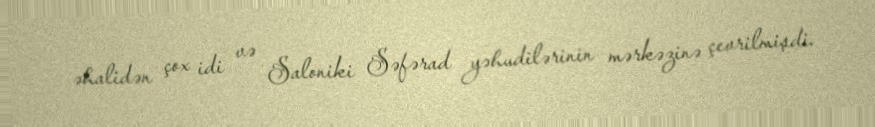
əhalidən çox idi və Saloniki Səfərad yəhudilərinin mərkəzinə çevrilmişdi.